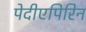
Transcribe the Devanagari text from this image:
पेदीएपिरिन